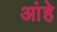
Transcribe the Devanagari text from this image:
आंहे